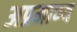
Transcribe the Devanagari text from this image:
अप्रमाण्य